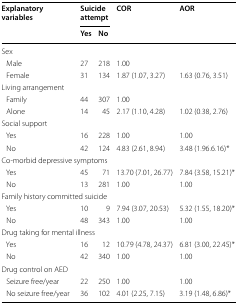
<table><thead><tr><td rowspan="2"><b>Explanatory variables</b></td><td colspan="2"><b>Suicide attempt</b></td><td rowspan="2"><b>COR</b></td><td rowspan="2"><b>AOR</b></td></tr><tr><td><b>Yes</b></td><td><b>No</b></td></tr></thead><tbody><tr><td colspan="5">Sex</td></tr><tr><td> Male</td><td>27</td><td>218</td><td>1.00</td><td></td></tr><tr><td> Female</td><td>31</td><td>134</td><td>1.87 (1.07, 3.27)</td><td>1.63 (0.76, 3.51)</td></tr><tr><td colspan="5">Living arrangement</td></tr><tr><td> Family</td><td>44</td><td>307</td><td>1.00</td><td></td></tr><tr><td> Alone</td><td>14</td><td>45</td><td>2.17 (1.10, 4.28)</td><td>1.02 (0.38, 2.76)</td></tr><tr><td colspan="5">Social support</td></tr><tr><td> Yes</td><td>16</td><td>228</td><td>1.00</td><td>1.00</td></tr><tr><td> No</td><td>42</td><td>124</td><td>4.83 (2.61, 8.94)</td><td>3.48 (1.96.6.16)*</td></tr><tr><td colspan="5">Co-morbid depressive symptoms</td></tr><tr><td> Yes</td><td>45</td><td>71</td><td>13.70 (7.01, 26.77)</td><td>7.84 (3.58, 15.21)*</td></tr><tr><td> No</td><td>13</td><td>281</td><td>1.00</td><td>1.00</td></tr><tr><td colspan="5">Family history committed suicide</td></tr><tr><td> Yes</td><td>10</td><td>9</td><td>7.94 (3.07, 20.53)</td><td>5.32 (1.55, 18.20)*</td></tr><tr><td> No</td><td>48</td><td>343</td><td>1.00</td><td>1.00</td></tr><tr><td colspan="5">Drug taking for mental illness</td></tr><tr><td> Yes</td><td>16</td><td>12</td><td>10.79 (4.78, 24.37)</td><td>6.81 (3.00, 22.45)*</td></tr><tr><td> No</td><td>42</td><td>340</td><td>1.00</td><td>1.00</td></tr><tr><td colspan="5">Drug control on AED</td></tr><tr><td> Seizure free/year</td><td>22</td><td>250</td><td>1.00</td><td>1.00</td></tr><tr><td> No seizure free/year</td><td>36</td><td>102</td><td>4.01 (2.25, 7.15)</td><td>3.19 (1.48, 6.86)*</td></tr></tbody></table>